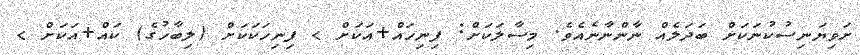
ށަވިޔަނިސުކުނަކަށް ބަދަލެއް ނާންނާނެއެވެ. މިސާލަކަށް: ފިނިހައް+އަކަށް > ފިނިހަކަކަށް (ލިބާހުގެ) ކައް+އަކަށް >